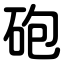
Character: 砲